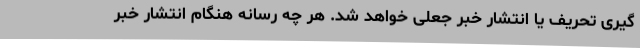
گیری تحریف یا انتشار خبر جعلی خواهد شد. هر چه رسانه هنگام انتشار خبر